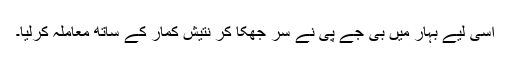
اسی لیے بہار میں بی جے پی نے سر جھکا کر نتیش کمار کے ساتھ معاملہ کرلیا۔